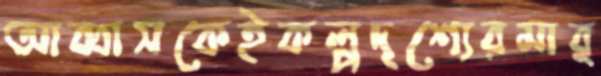
আব্বাসকেইকল্পদৃশ্যেরমার্